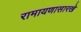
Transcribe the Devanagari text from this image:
रामायणासारखे